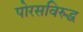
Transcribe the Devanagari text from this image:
पोरसविरुद्ध